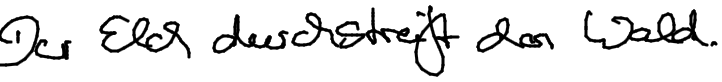
Der Elch durchstreift den Wald.